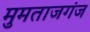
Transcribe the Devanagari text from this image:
मुमताजगंज